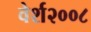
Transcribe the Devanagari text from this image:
वेर्श२००८